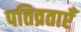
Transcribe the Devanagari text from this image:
पतिव्रताएँ